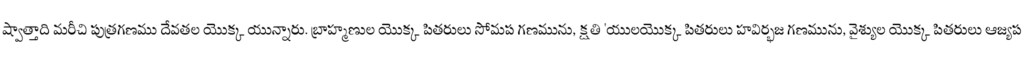
ష్వాత్తాది మరీచి పుత్రగణము దేవతల యొక్క యున్నారు. బ్రాహ్మణుల యొక్క పితరులు సోమప గణమును, క్షతి 'యులయొక్క పితరులు హవిర్భజ గణమును, వైశ్యుల యొక్క పితరులు ఆజ్యప